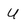
Character: U